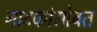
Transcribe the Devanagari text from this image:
नाटकांसोबत